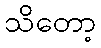
သိတော့